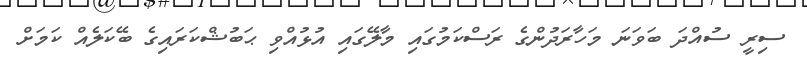
ސިރީ ސުއްދަ ބަވަނަ މަހާރަދުންގެ ރަސްކަމުގައި މާލޭގައި އުޅުއްވި ޙަބުޝްކަރައިގެ ބޭކަލެއް ކަމަށް